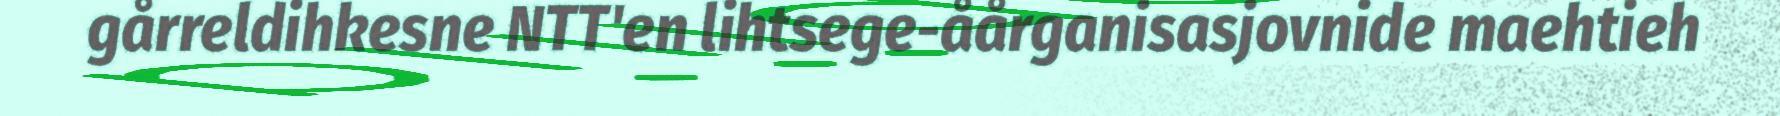
gårreldihkesne NTT'en lihtsege-åårganisasjovnide maehtieh